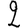
Digit: 2